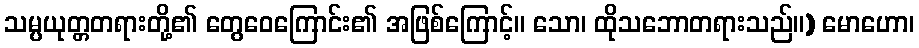
သမ္ပယုတ္တတရားတို့၏ တွေဝေကြောင်း၏ အဖြစ်ကြောင့်။ သော၊ ထိုသဘောတရားသည်။) မောဟော၊